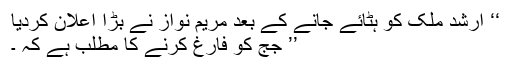
‘‘ ارشد ملک کو ہٹائے جانے کے بعد مریم نواز نے بڑا اعلان کردیا
’’ جج کو فارغ کرنے کا مطلب ہے کہ ۔